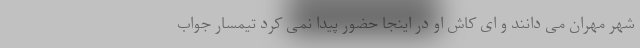
شهر مهران می دانند و ای کاش او در اینجا حضور پیدا نمی کرد تیمسار جواب